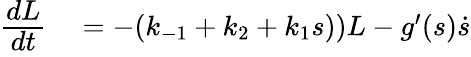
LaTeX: \begin{array}{rl}{\cfrac{dL}{dt}}&{{}=-(k_{-1}+k_{2}+k_{1}s))L-g^{\prime}(s)\dot{s}}\end{array}